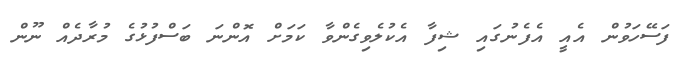
ފަސޭހަވުން އެއީ އެފެނުގައި ޝިފާ އެކުލެވިގެންވާ ކަމަށް އޮންނަ ބަސްފުޅުގެ މުރާދެއް ނޫން